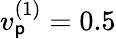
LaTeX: v_{\mathsf{p}}^{(1)}=0.5